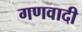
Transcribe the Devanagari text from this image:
गणवादी